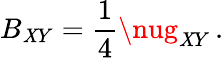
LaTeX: B_{\mathit{X}Y}=\frac{1}{4}\nug_{\mathit{X}Y}\, .